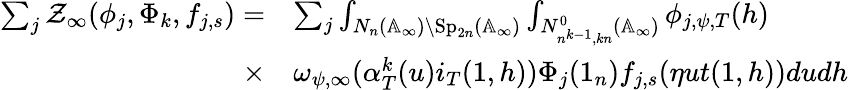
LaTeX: \begin{array}{rl}{\sum_{j}\mathcal{Z}_{\infty}(\phi_{j},\Phi_{k},f_{j,s})=}&{\sum_{j}\int_{N_{n}(\mathbb{A}_{\infty})\backslash\mathrm{Sp}_{2n}(\mathbb{A}_{\infty})}\int_{N_{n^{k-1},kn}^{0}(\mathbb{A}_{\infty})}\phi_{j,\psi,T}(h)}\\ {\times}&{\omega_{\psi,\infty}(\alpha_{T}^{k}(u)i_{T}(1,h))\Phi_{j}(1_{n})f_{j,s}(\eta ut(1,h))dudh}\end{array}